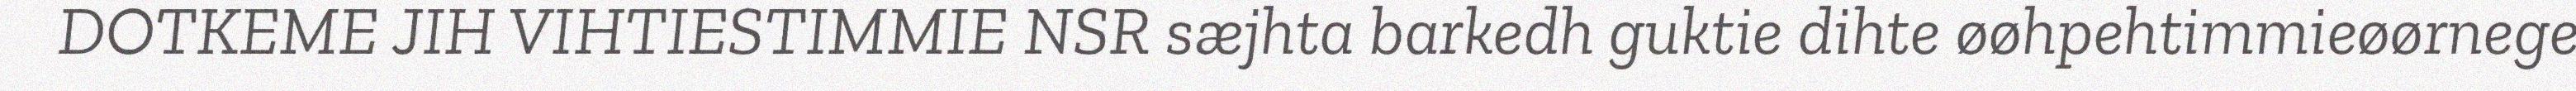
DOTKEME JIH VIHTIESTIMMIE NSR sæjhta barkedh guktie dihte øøhpehtimmieøørnege